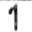
1